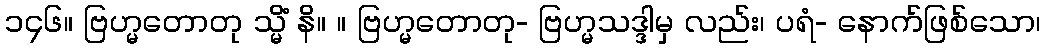
၁၄၆။ ဗြဟ္မတောတု သ္မိံ နိ။ ။ ဗြဟ္မတောတု- ဗြဟ္မသဒ္ဒါမှ လည်း၊ ပရံ- နောက်ဖြစ်သော၊